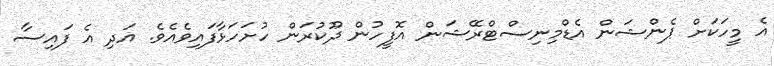
އެ މީހަކަށް ޕެންޝަން އެޑްމިނިސްޓްރޭޝަން އޮފީހުން ދޫކުރަން ހުށަހަޅާފައިވެއެވެ. އަދި އެ ފައިސާ